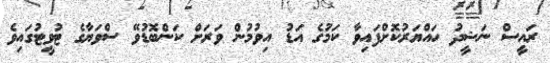
ރައީސް ނަޝީދު ހައްޔަރުކޮށްފައިވާ ކަމުގެ އަޑު އިވުމުން ވަރަށް ކަންބޮޑުވޭ ސްވަޔާގެ ޓުވީޓުގައިވެ